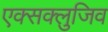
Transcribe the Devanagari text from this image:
एक्सक्लुजिव